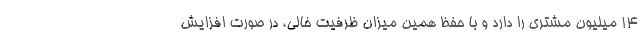
14 میلیون مشتری را دارد و با حفظ همین میزان ظرفیت خالی، در صورت افزایش